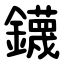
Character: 鑖